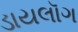
ડાયલૉગ